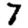
Digit: 7